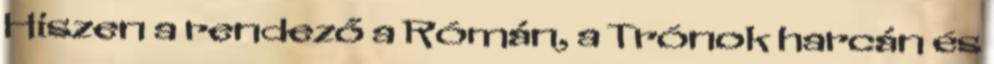
Hiszen a rendező a Rómán, a Trónok harcán és